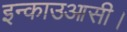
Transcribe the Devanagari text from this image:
इन्काउआसी।